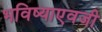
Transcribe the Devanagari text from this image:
भविष्याएवजी